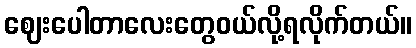
ဈေးပေါတာလေးတွေဝယ်လို့ရလိုက်တယ်။